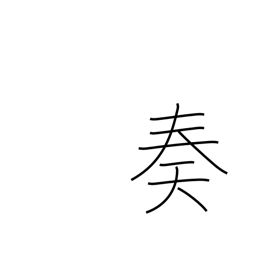
Meaning: complete